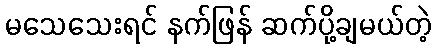
မသေသေးရင် နက်ဖြန် ဆက်ပို့ချမယ်တဲ့